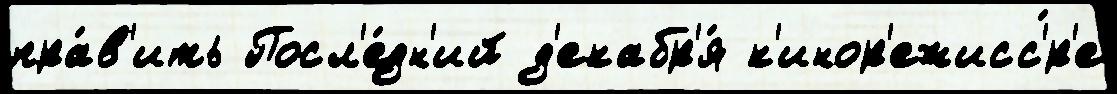
пра́в'ить Посл'е́дн'ий д'екабр'я́ к'инор'ежисс'́р'е